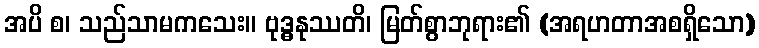
အပိ စ၊ သည်သာမကသေး။ ဗုဒ္ဓနုဿတိ၊ မြတ်စွာဘုရား၏ (အရဟတာအစရှိသော)